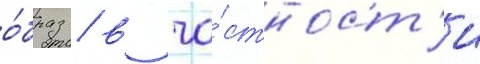
о́браз / в ча́стност'и